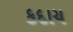
કદાચ